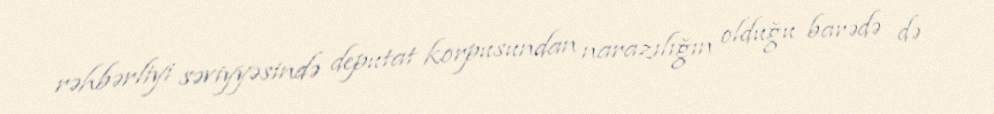
rəhbərliyi səviyyəsində deputat korpusundan narazılığın olduğu barədə də